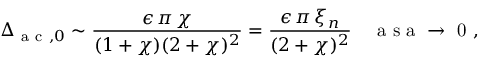
\Delta _ { \mathrm { ~ a ~ c ~ } , 0 } \sim \frac { \epsilon \, \pi \, \chi } { ( 1 + \chi ) ( 2 + \chi ) ^ { 2 } } = \frac { \epsilon \, \pi \, \xi _ { n } } { ( 2 + \chi ) ^ { 2 } } \quad \mathrm { ~ a ~ s ~ a ~ \to ~ 0 ~ , ~ }